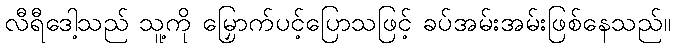
လီရီဒေါ့သည် သူ့ကို မြှောက်ပင့်ပြောသဖြင့် ခပ်အမ်းအမ်းဖြစ်နေသည်။